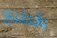
بالطبع